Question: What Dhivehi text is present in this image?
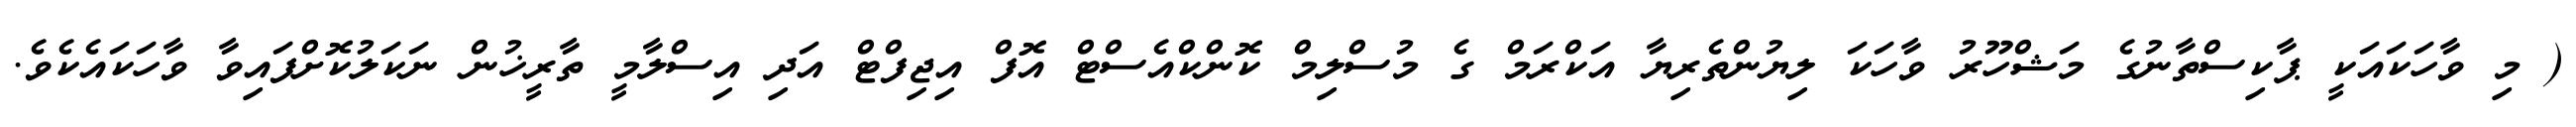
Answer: ( މި ވާހަކައަކީ ޕާކިސްތާނުގެ މަޝްހޫރު ވާހަކަ ލިޔުންތެރިޔާ އަކްރަމް ގެ މުސްލިމް ކޮންކްއެސްޓް އޮފް އިޖިފްޓް އަދި އިސްލާމީ ތާރީޚުން ނަކަލުކޮށްފައިވާ ވާހަކައެކެވެ.